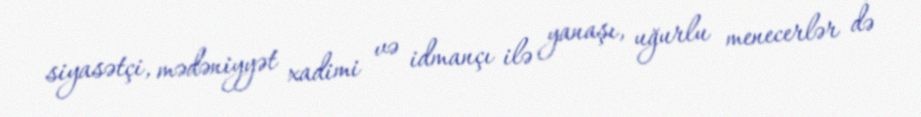
siyasətçi, mədəniyyət xadimi və idmançı ilə yanaşı, uğurlu menecerlər də